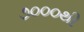
૭૦૦૦થી